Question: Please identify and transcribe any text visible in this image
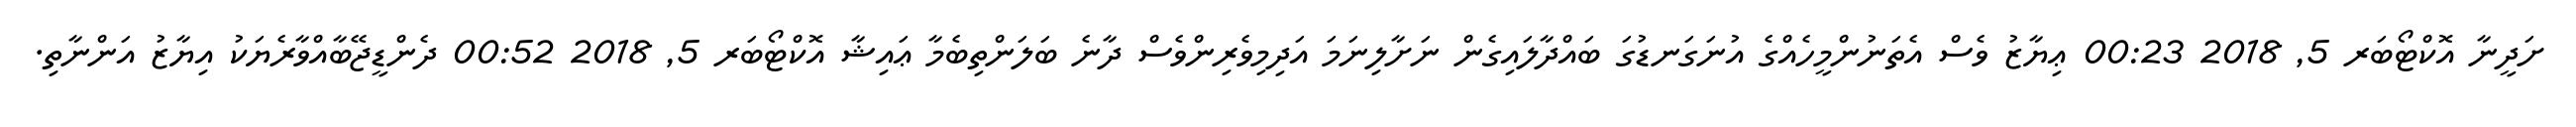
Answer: ށަދީނާ އޮކްޓޯބަރ 5, 2018 00:23 ޢިޔާޒު ވެސް އެތަނުންމީހެއްގެ އުނަގަނޑުގަ ބައްދާލައިގެން ނަށާލިނަމަ އަދިމިވެރިންވެސް ދާނެ ބަލަންތިބެމާ ޢައިޝާ އޮކްޓޯބަރ 5, 2018 00:52 ދެންޑީޖޭބާއްވާރެޔަކު އިޔާޒު އަންނާތި.